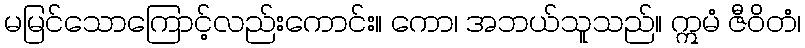
မမြင်သောကြောင့်လည်းကောင်း။ ကော၊ အဘယ်သူသည်။ ဣမံ ဇီဝိတံ၊